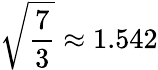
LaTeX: {\sqrt{\frac{7}{3}}}\approx 1.542